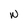
Character: W